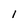
Character: l